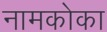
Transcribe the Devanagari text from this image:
नामकोका